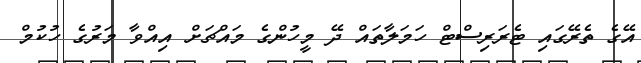
އޭގެ ތެރޭގައި ޓެރަރިސްޓް ހަމަލާތައް ދޭ މީހުންގެ މައްޗަށް އިއްވާ މަރުގެ ހުކުމް